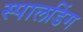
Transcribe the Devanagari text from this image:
स्पालडिंग